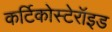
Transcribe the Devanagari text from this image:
कर्टिकोस्टेरॉइड